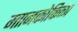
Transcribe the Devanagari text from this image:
गाानकोकिळा